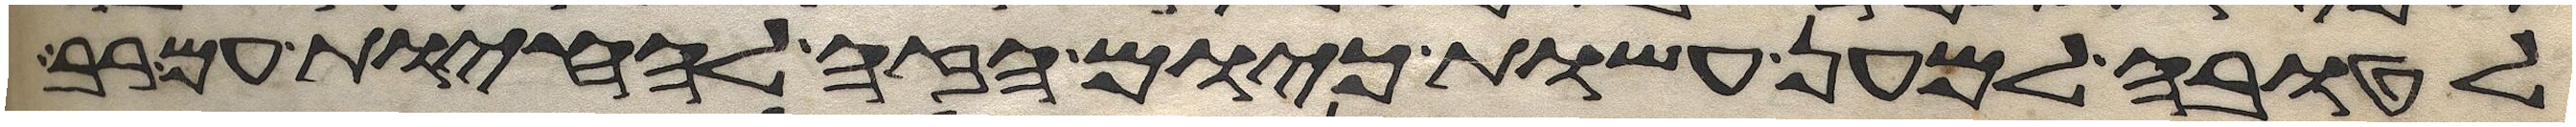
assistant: לטובה למען עשות כיום הזה להחיות עם רב